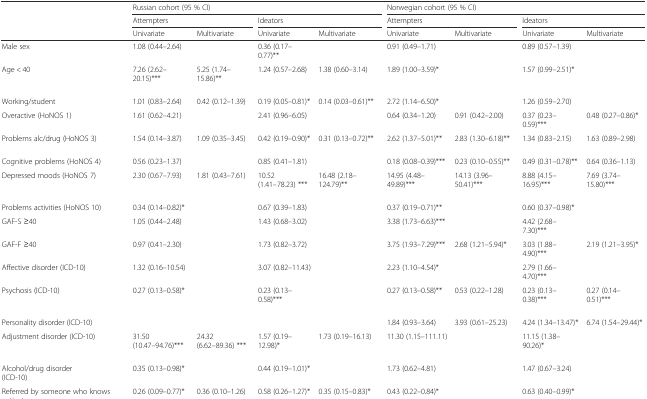
<table><thead><tr><td rowspan="3"></td><td colspan="4"><b>Russian cohort (95 % CI)</b></td><td colspan="4"><b>Norwegian cohort (95 % CI)</b></td></tr><tr><td colspan="2"><b>Attempters</b></td><td colspan="2"><b>Ideators</b></td><td colspan="2"><b>Attempters</b></td><td colspan="2"><b>Ideators</b></td></tr><tr><td><b>Univariate</b></td><td><b>Multivariate</b></td><td><b>Univariate</b></td><td><b>Multivariate</b></td><td><b>Univariate</b></td><td><b>Multivariate</b></td><td><b>Univariate</b></td><td><b>Multivariate</b></td></tr></thead><tbody><tr><td>Male sex</td><td>1.08 (0.44–2.64)</td><td></td><td>0.36 (0.17–0.77)**</td><td></td><td>0.91 (0.49–1.71)</td><td></td><td>0.89 (0.57–1.39)</td><td></td></tr><tr><td>Age &lt; 40</td><td>7.26 (2.62–20.15)***</td><td>5.25 (1.74–15.86)**</td><td>1.24 (0.57–2.68)</td><td>1.38 (0.60–3.14)</td><td>1.89 (1.00–3.59)*</td><td></td><td>1.57 (0.99–2.51)*</td><td></td></tr><tr><td>Working/student</td><td>1.01 (0.83–2.64)</td><td>0.42 (0.12–1.39)</td><td>0.19 (0.05–0.81)*</td><td>0.14 (0.03–0.61)**</td><td>2.72 (1.14–6.50)*</td><td></td><td>1.26 (0.59–2.70)</td><td></td></tr><tr><td>Overactive (HoNOS 1)</td><td>1.61 (0.62–4.21)</td><td></td><td>2.41 (0.96–6.05)</td><td></td><td>0.64 (0.34–1.20)</td><td>0.91 (0.42–2.00)</td><td>0.37 (0.23–0.59)***</td><td>0.48 (0.27–0.86)*</td></tr><tr><td>Problems alc/drug (HoNOS 3)</td><td>1.54 (0.14–3.87)</td><td>1.09 (0.35–3.45)</td><td>0.42 (0.19–0.90)*</td><td>0.31 (0.13–0.72)**</td><td>2.62 (1.37–5.01)**</td><td>2.83 (1.30–6.18)**</td><td>1.34 (0.83–2.15)</td><td>1.63 (0.89–2.98)</td></tr><tr><td>Cognitive problems (HoNOS 4)</td><td>0.56 (0.23–1.37)</td><td></td><td>0.85 (0.41–1.81)</td><td></td><td>0.18 (0.08–0.39)***</td><td>0.23 (0.10–0.55)**</td><td>0.49 (0.31–0.78)**</td><td>0.64 (0.36–1.13)</td></tr><tr><td>Depressed moods (HoNOS 7)</td><td>2.30 (0.67–7.93)</td><td>1.81 (0.43–7.61)</td><td>10.52 (1.41–78.23) ***</td><td>16.48 (2.18–124.79)**</td><td>14.95 (4.48–49.89)***</td><td>14.13 (3.96–50.41)***</td><td>8.88 (4.15–16.95)***</td><td>7.69 (3.74–15.80)***</td></tr><tr><td>Problems activities (HoNOS 10)</td><td>0.34 (0.14–0.82)*</td><td></td><td>0.67 (0.39–1.83)</td><td></td><td>0.37 (0.19–0.71)**</td><td></td><td>0.60 (0.37–0.98)*</td><td></td></tr><tr><td>GAF-S ≥40</td><td>1.05 (0.44–2.48)</td><td></td><td>1.43 (0.68–3.02)</td><td></td><td>3.38 (1.73–6.63)***</td><td></td><td>4.42 (2.68–7.30)***</td><td></td></tr><tr><td>GAF-F ≥40</td><td>0.97 (0.41–2.30)</td><td></td><td>1.73 (0.82–3.72)</td><td></td><td>3.75 (1.93–7.29)***</td><td>2.68 (1.21–5.94)*</td><td>3.03 (1.88–4.90)***</td><td>2.19 (1.21–3.95)*</td></tr><tr><td>Affective disorder (ICD-10)</td><td>1.32 (0.16–10.54)</td><td></td><td>3.07 (0.82–11.43)</td><td></td><td>2.23 (1.10–4.54)*</td><td></td><td>2.79 (1.66–4.70)***</td><td></td></tr><tr><td>Psychosis (ICD-10)</td><td>0.27 (0.13–0.58)*</td><td></td><td>0.23 (0.13–0.58)***</td><td></td><td>0.27 (0.13–0.58)**</td><td>0.53 (0.22–1.28)</td><td>0.23 (0.13–0.38)***</td><td>0.27 (0.14–0.51)***</td></tr><tr><td>Personality disorder (ICD-10)</td><td></td><td></td><td></td><td></td><td>1.84 (0.93–3.64)</td><td>3.93 (0.61–25.23)</td><td>4.24 (1.34–13.47)*</td><td>6.74 (1.54–29.44)*</td></tr><tr><td>Adjustment disorder (ICD-10)</td><td>31.50 (10.47–94.76)***</td><td>24.32 (6.62–89.36) ***</td><td>1.57 (0.19–12.98)*</td><td>1.73 (0.19–16.13)</td><td>11.30 (1.15–111.11)</td><td></td><td>11.15 (1.38–90.26)*</td><td></td></tr><tr><td>Alcohol/drug disorder (ICD-10)</td><td>0.35 (0.13–0.98)*</td><td></td><td>0.44 (0.19–1.01)*</td><td></td><td>1.73 (0.62–4.81)</td><td></td><td>1.47 (0.67–3.24)</td><td></td></tr><tr><td>Referred by someone who knows patient</td><td>0.26 (0.09–0.77)*</td><td>0.36 (0.10–1.26)</td><td>0.58 (0.26–1.27)*</td><td>0.35 (0.15–0.83)*</td><td>0.43 (0.22–0.84)*</td><td></td><td>0.63 (0.40–0.99)*</td><td></td></tr></tbody></table>